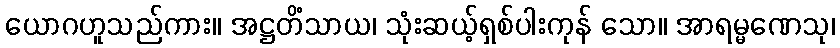
ယောဂဟူသည်ကား။ အဋ္ဌတိံသာယ၊ သုံးဆယ့်ရှစ်ပါးကုန် သော။ အာရမ္မဏေသု၊